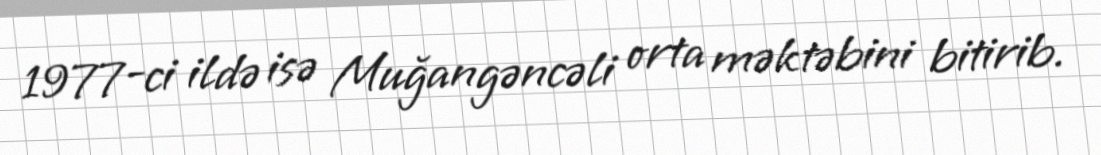
1977-ci ildə isə Muğangəncəli orta məktəbini bitirib.